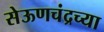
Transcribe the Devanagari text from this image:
सेऊणचंद्रच्या